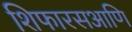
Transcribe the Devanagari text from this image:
शिफारसआणि